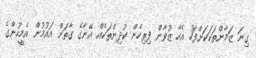
ގިނަ ޒަމާންތަކަކަށްފަހު އެހާ ޒުވާން ފިރިހެން ކުދިންތަކެއް އޭނާގެ ގާތަށް އައުމުން އެމީހުންގެ